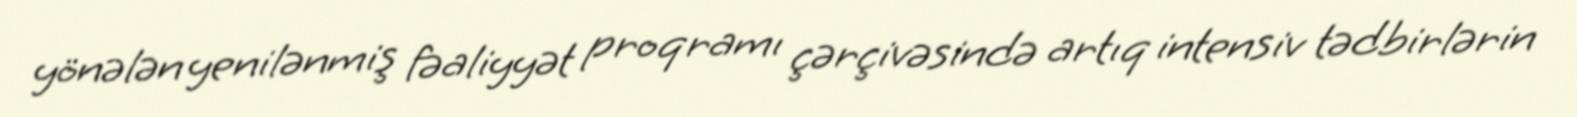
yönələn yenilənmiş fəaliyyət proqramı çərçivəsində artıq intensiv tədbirlərin